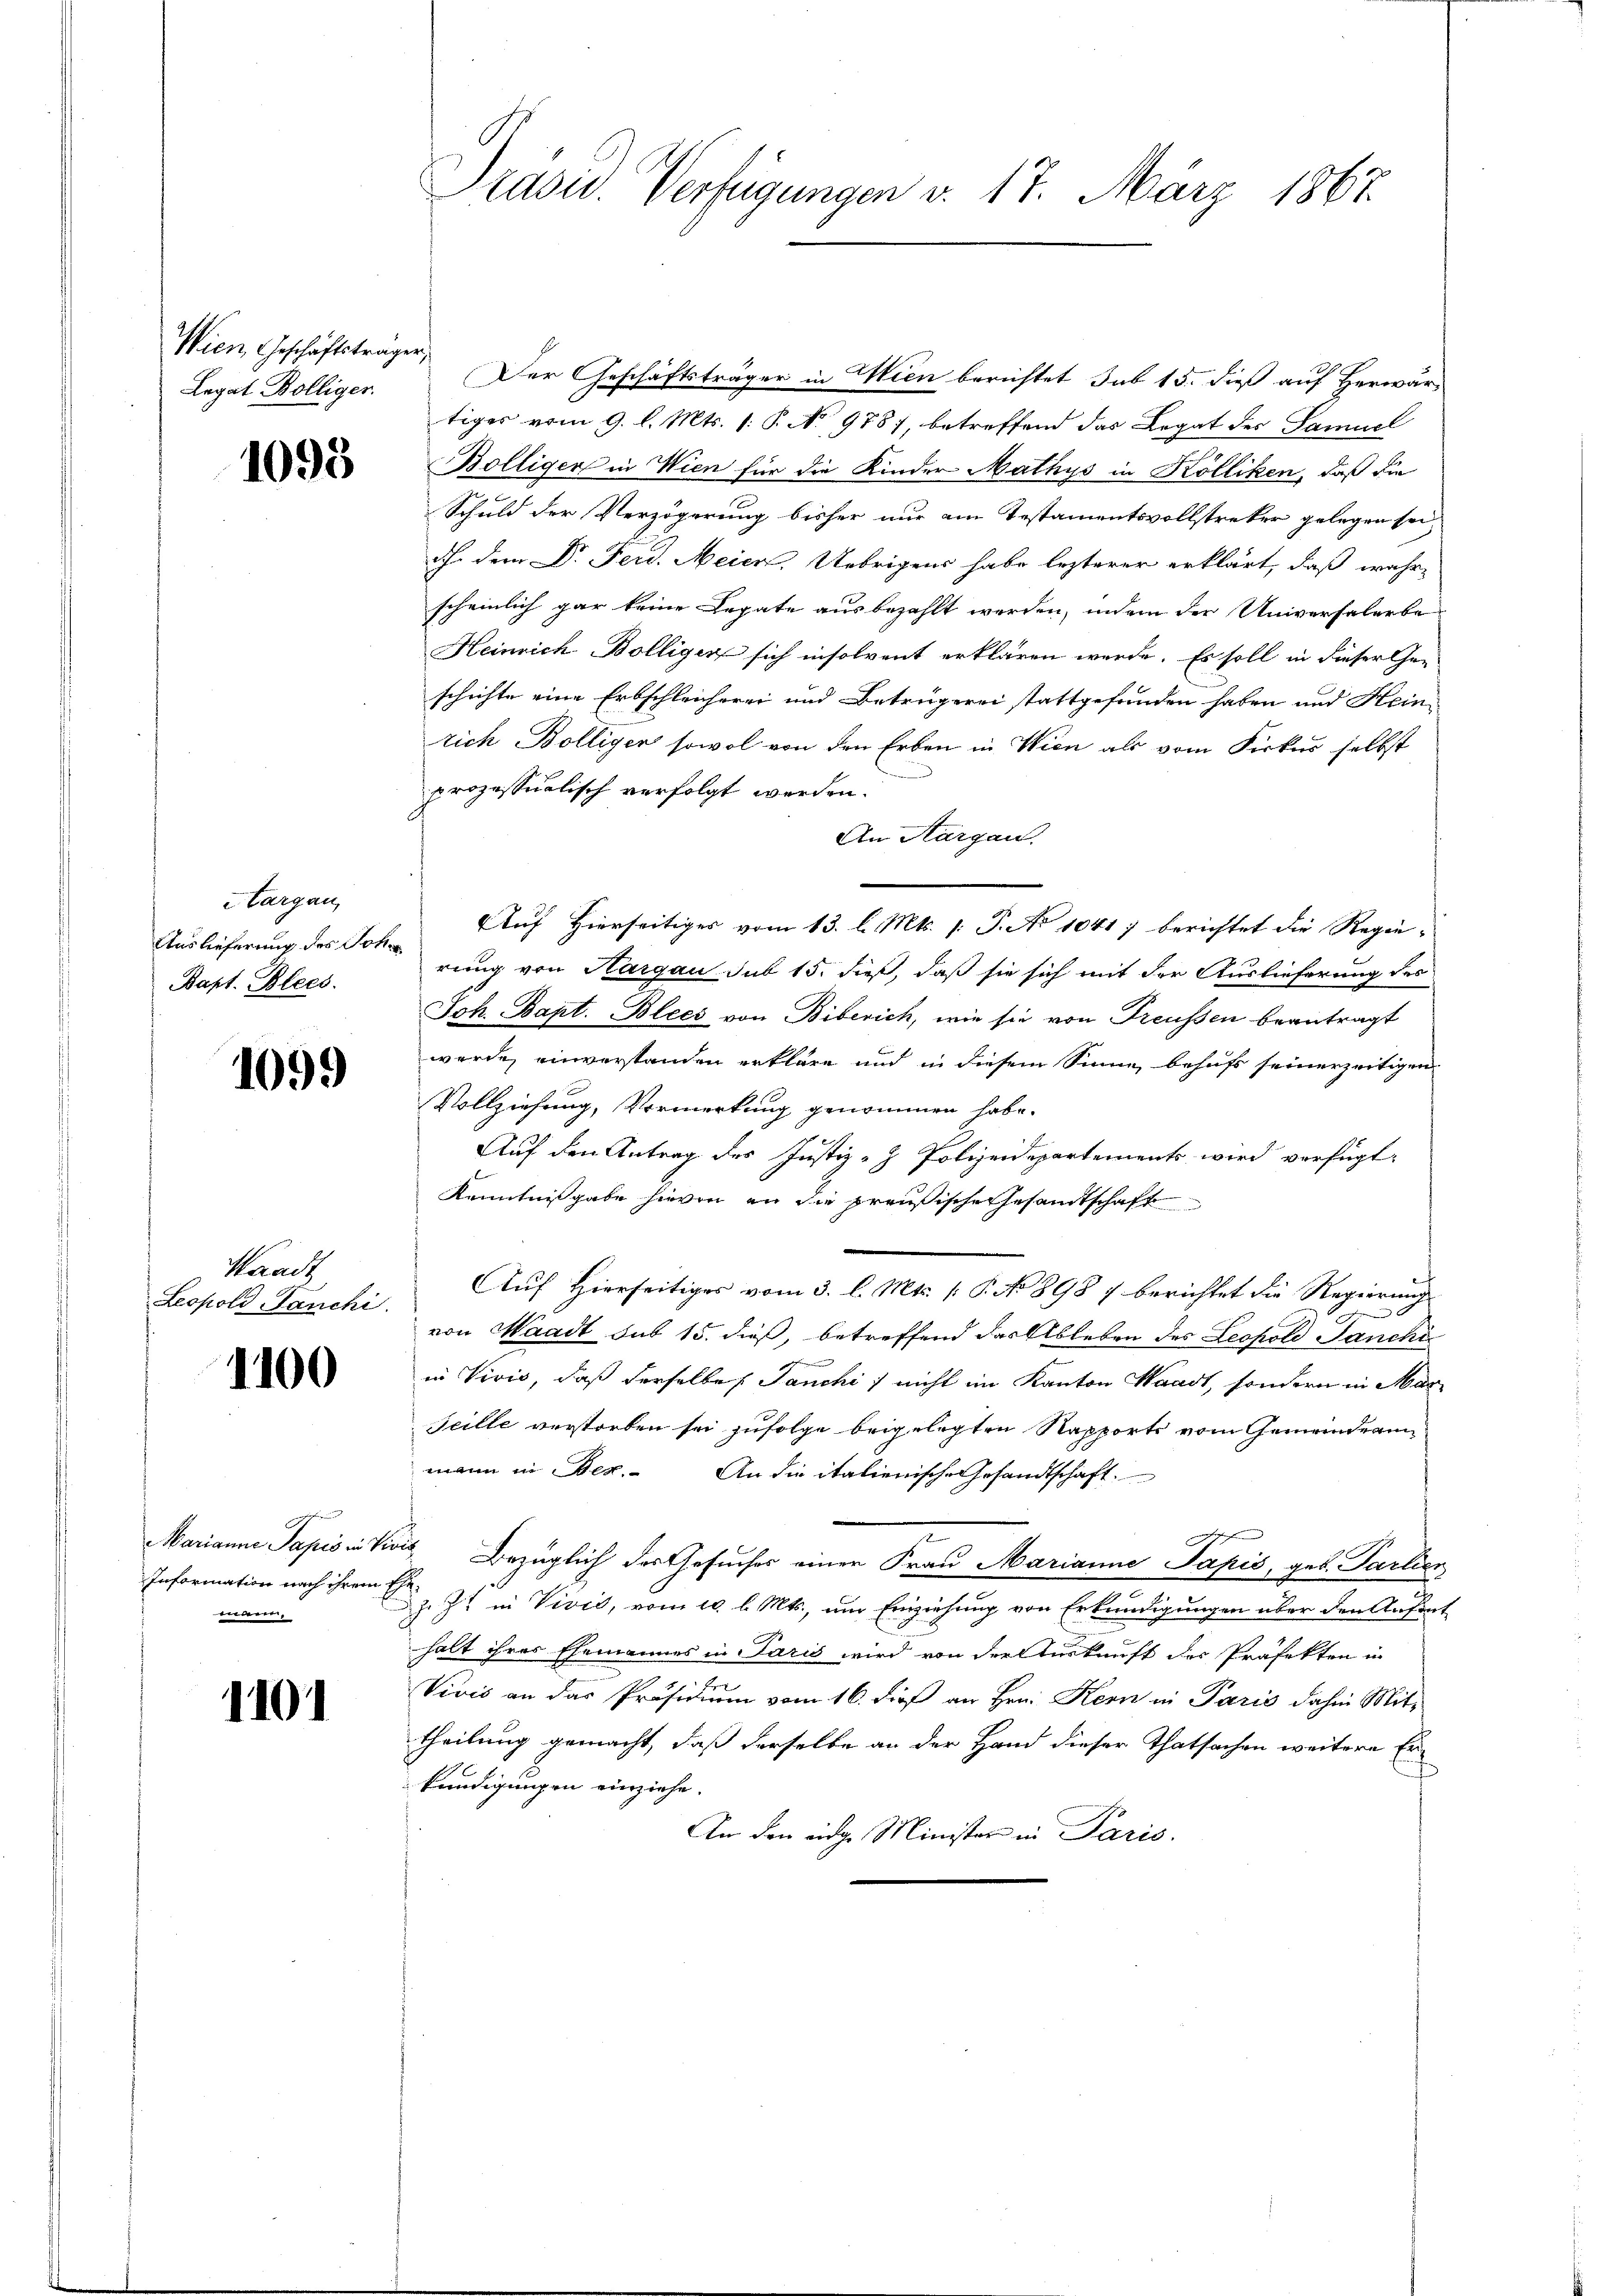
Wien, Geschäftsträger,
Legat Bölliger.

1098

Aargau,
Auslieferung des Joha
Bapt. Blees.

1099

Waadt
Leopold anchi.

1100

Marianne Papio in Vie
e

1101

Der Geschäftsträger in Wien berichtet sub 15. dieß auf Herwärtiges vom 9. l. Mts. 1. P. No 978, betreffend das Legat des Samuel
Bölliger in Wien für die Kinder Mathys in Kölliken, daß die
Schuld der Verzögerung bisher nur am Testamentsvollstreker gelegen sei,
h. dem Dr. Ferd. Meien. Uebrigens habe lezterer erklärt, daß wahr-
scheinlich gar keine Legate ausbezahlt werden, indem der Universalerbe-
Heinrich Bolliger sich insolvent erklären werde. Es soll in dieser Ge-
schichte eine Erbschleicherei und Betrügerei stattgefunden haben und Heini
rich Bolligen sowol von den Erben in Wien als vom Kirkes selbst
prozessualisch verfolgt werden.
An Aargau.
Auf Hierseitiges vom 13. l. Mts. 1. P. No 10417 berichtet die Regierung von Hargau sub 15. dieß, daß sie sich mit der Auslieferung des
Joh. Bapt. Bleer von Biberich, wie sie von Treussen beantragt
werde, einverstanden erkläre und in diesem Sinne behufs seinerzeitigen
Vollziehung, Vormerkung genommen habe.
Auf den Antrag des Justiz- & Polizeidepartements wird verfügt:
Kenntnißgabe hievon an die preußische Gesandtschaft
Auf Hierseitiges vom 3. l. Mts. (T. No 898 7 berichtet die Regierung
.
von Waadt sub 15. dieß, betreffend das Ableben des Lechold Janchi
in Vivis, daß derselbe Janchi / nicht im Kanton Waadt, sondern in Mar
Seille verstorben sei zufolge beigelegten Rapports vom Gemeindeann
mann in Bez. An die italienische Gesandtschaft.
dis Bezüglich des Gesuches einer Frau Marianne Papis, geb. Partier
Information nach ihrem et in Vivić, vom 10. l. Mts., um Einziehung von Erkundigungen über den Anfant
ch
halt ihres Ehemannes in Paris wird von der Auskunft des Präfekten in
Vivis an das Präsidium vom 16. dieß an Hrn. Kern in Paris dahin Mit-
theilung gemacht, daß derselbe an der Hand dieser Thatsachen weitere Erkündigungen einziehe.
An den eidge Minister in Paris.

Präsid. Verfügungen v. 17. März 1867.